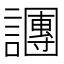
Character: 𬣍